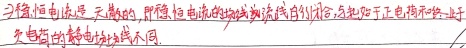
三稳恒电流是 天稳的，即稳恒电流的场线或流线自行闭合，总起源于正电荷，终止于 负电荷的静电场线不同。